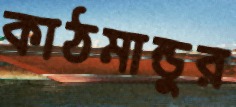
কাঠমান্ডুর